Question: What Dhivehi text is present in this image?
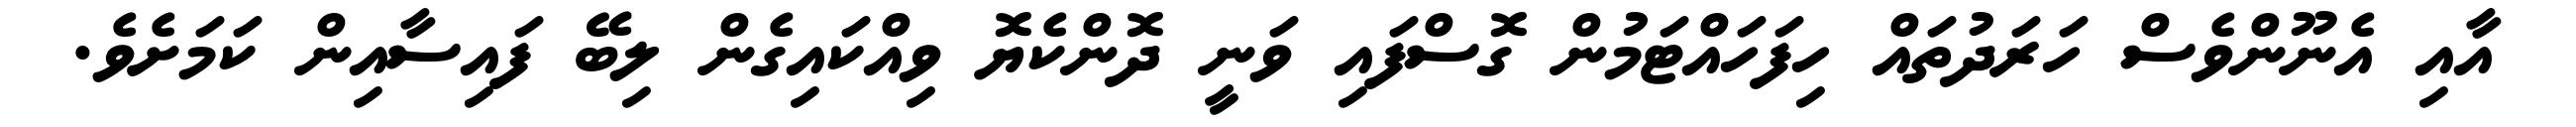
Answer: އާއި އެނޫންވެސް ހަރަދުތައް ހިފަހައްޓަމުން ގޮސްފައި ވަނީ ދޮންކެޔޮ ވިއްކައިގެން ލިބޭ ފައިސާއިން ކަމަށެވެ.